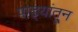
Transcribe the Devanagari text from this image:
पाड्यांतून